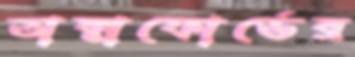
অক্সফোর্ডের